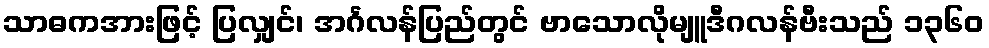
သာဓကအားဖြင့် ပြလျှင်၊ အင်္ဂလန်ပြည်တွင် ဗာသောလိုမျူဒီဂလန်ဗီးသည် ၁၃၆၀